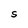
Character: S